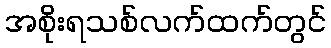
အစိုးရသစ်လက်ထက်တွင်